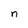
Character: n